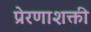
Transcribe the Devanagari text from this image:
प्रेरणाशक्ती